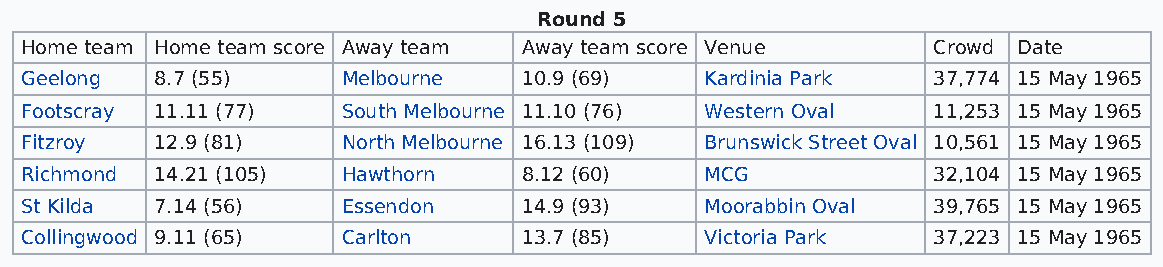
Round 5
 Home team Home team score Away team Away team score Venue    Crowd Date
 Geelong  8.7 (55)     Melbourne   10.9 (69)   Kardinia Park  37,774 15 May 1965
 Footscray 11.11 (77)  South Melbourne 11.10 (76) Western Oval 11,253 15 May 1965
 Fitzroy  12.9 (81)    North Melbourne 16.13 (109) Brunswick Street Oval 10,561 15 May 1965
 Richmond 14.21 (105)  Hawthorn    8.12 (60)   MCG            32,104 15 May 1965
 St Kilda 7.14 (56)    Essendon    14.9 (93)   Moorabbin Oval 39,765 15 May 1965
 Collingwood 9.11 (65) Carlton     13.7 (85)   Victoria Park  37,223 15 May 1965